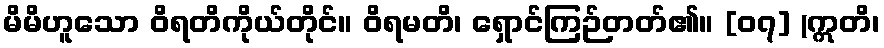
မိမိဟူသော ဝိရတိကိုယ်တိုင်။ ဝိရမတိ၊ ရှောင်ကြဉ်တတ်၏။ [၀၇] (ဣတိ၊